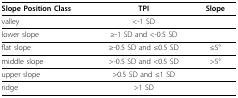
<table><thead><tr><td><b>Slope Position Class</b></td><td><b>TPI</b></td><td><b>Slope</b></td></tr></thead><tbody><tr><td>valley</td><td>&lt;-1 SD</td><td></td></tr><tr><td>lower slope</td><td>≥-1 SD and &lt;-0.5 SD</td><td></td></tr><tr><td>flat slope</td><td>≥-0.5 SD and ≤0.5 SD</td><td>≤5°</td></tr><tr><td>middle slope</td><td>&gt;-0.5 SD and &lt;0.5 SD</td><td>&gt;5°</td></tr><tr><td>upper slope</td><td>&gt;0.5 SD and ≤1 SD</td><td></td></tr><tr><td>ridge</td><td>&gt;1 SD</td><td></td></tr></tbody></table>